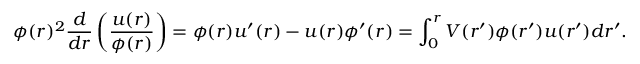
\phi ( r ) ^ { 2 } \frac { d } { d r } \left( \frac { u ( r ) } { \phi ( r ) } \right) = \phi ( r ) u ^ { \prime } ( r ) - u ( r ) \phi ^ { \prime } ( r ) = \int _ { 0 } ^ { r } V ( r ^ { \prime } ) \phi ( r ^ { \prime } ) u ( r ^ { \prime } ) d r ^ { \prime } .